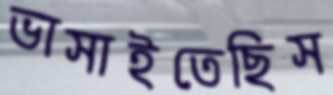
ভাসাইতেছিস